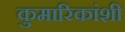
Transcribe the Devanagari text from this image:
कुमारिकांशी